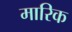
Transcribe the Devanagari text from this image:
मारिक